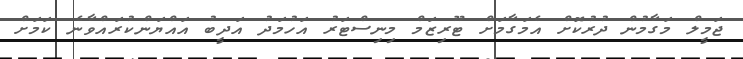
ޖަމީލް މަގާމުން ދުރުކޮށް އެމަގާމަށް ޓޫރިޒަމް މިނިސްޓަރު އަހުމަދު އަދީބު އައްޔަންކުރައްވާނެ ކަމަށް